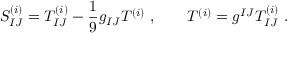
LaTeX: S _ { I J } ^ { ( i ) } = T _ { I J } ^ { ( i ) } - \frac { 1 } { 9 } g _ { I J } T ^ { ( i ) } \; , \qquad T ^ { ( i ) } = g ^ { I J } T _ { I J } ^ { ( i ) } \; .